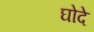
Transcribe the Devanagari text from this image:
घोदे